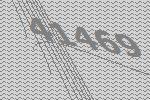
41469